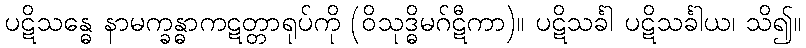
ပဋိသန္ဓေ နာမက္ခန္ဓာကဋတ္တာရုပ်ကို (ဝိသုဒ္ဓိမဂ်ဋီကာ)။ ပဋိသင်္ခါ ပဋိသင်္ခါယ၊ သိ၍။